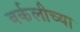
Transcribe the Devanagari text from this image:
बर्कलीच्या